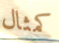
كمثال